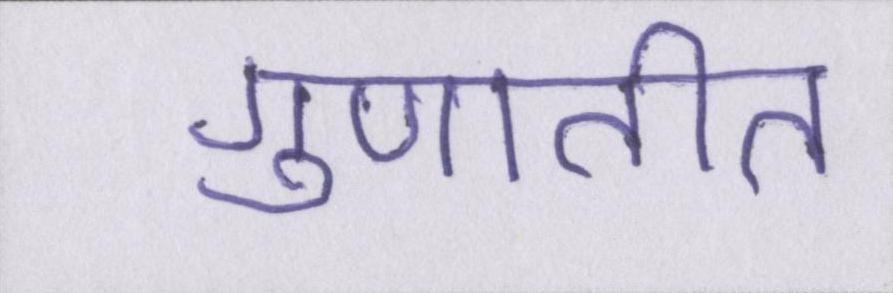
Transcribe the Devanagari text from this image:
गुणातीत